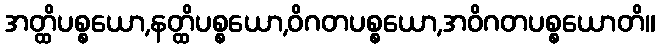
အတ္ထိပစ္စယော,နတ္ထိပစ္စယော,ဝိဂတပစ္စယော,အဝိဂတပစ္စယောတိ။